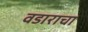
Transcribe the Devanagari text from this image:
वडाराचा